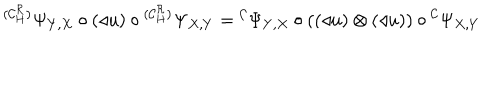
{ } ^ { ( { \cal C } _ { H } ^ { \cal R } ) } \Psi _ { Y , X } \circ ( \triangleleft u ) \circ { } ^ { ( { \cal C } _ { H } ^ { \cal R } ) } \Psi _ { X , Y } = { } ^ { \cal C } \Psi _ { Y , X } \circ ( ( \triangleleft u ) \otimes ( \triangleleft u ) ) \circ { } ^ { \cal C } \Psi _ { X , Y }